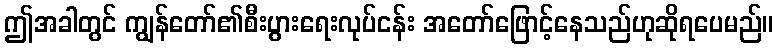
ဤအခါတွင် ကျွန်တော်၏စီးပွားရေးလုပ်ငန်း အတော်ဖြောင့်နေသည်ဟုဆိုရပေမည်။